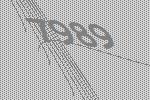
7989